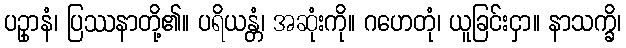
ပဥှာနံ၊ ပြဿနာတို့၏။ ပရိယန္တံ၊ အဆုံးကို။ ဂဟေတုံ၊ ယူခြင်းငှာ။ နာသက္ခိ၊